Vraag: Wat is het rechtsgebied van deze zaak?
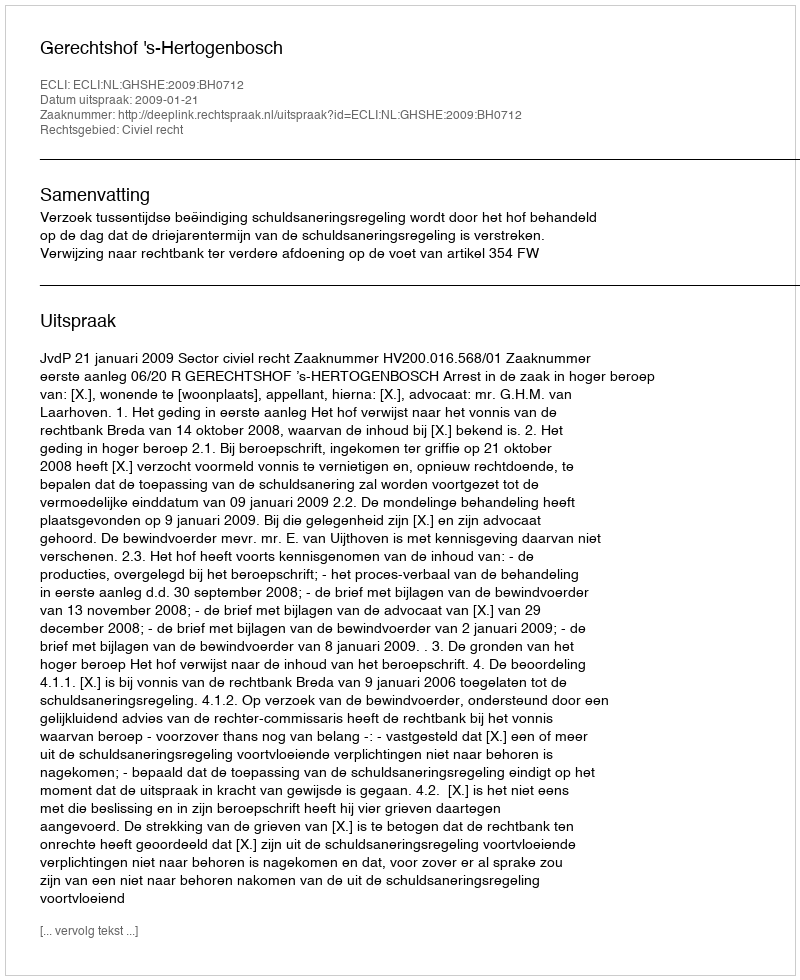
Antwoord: Civiel recht